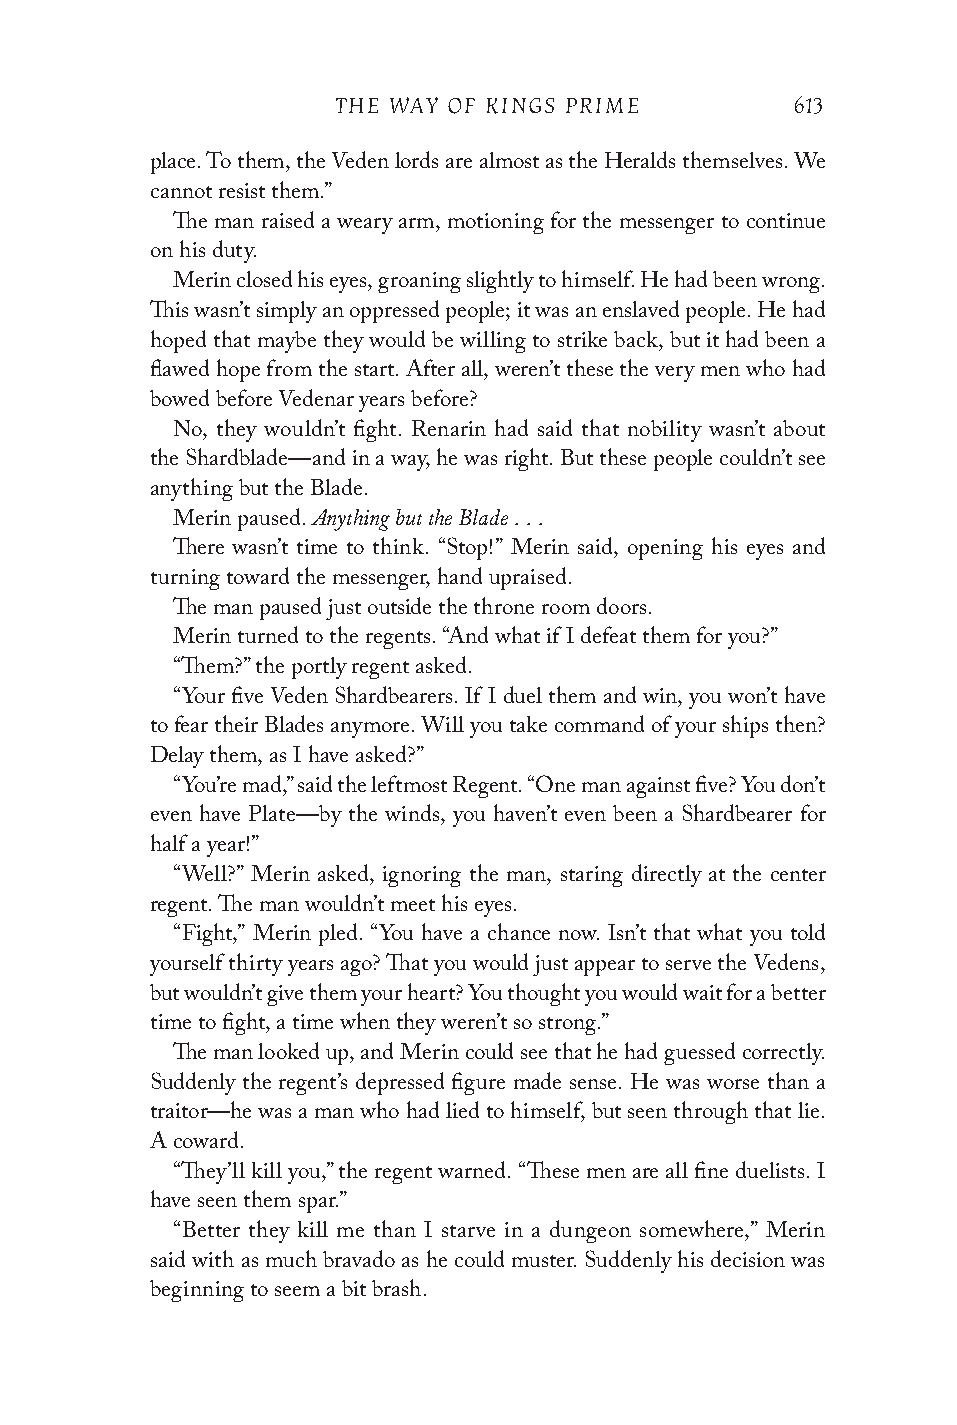
THE WAY OF KINGS PRIME         613
 place. To them, the Veden lords are almost as the Heralds themselves. We
 cannot resist them.”
 The man raised a weary arm, motioning for the messenger to continue
 on his duty.
 Merin closed his eyes, groaning slightly to himself. He had been wrong.
 This wasn’t simply an oppressed people; it was an enslaved people. He had
 hoped that maybe they would be willing to strike back, but it had been a
 flawed hope from the start. After all, weren’t these the very men who had
 bowed before Vedenar years before?
 No, they wouldn’t fight. Renarin had said that nobility wasn’t about
 the Shardblade—and in a way, he was right. But these people couldn’t see
 anything but the Blade.
 Anything but the Blade . . .
 Merin paused.
 There wasn’t time to think. “Stop!” Merin said, opening his eyes and
 turning toward the messenger, hand upraised.
 The man paused just outside the throne room doors.
 Merin turned to the regents. “And what if I defeat them for you?”
 “Them?” the portly regent asked.
 “Your five Veden Shardbearers. If I duel them and win, you won’t have
 to fear their Blades anymore. Will you take command of your ships then?
 Delay them, as I have asked?”
 “You’re mad,” said the leftmost Regent. “One man against five? You don’t
 even have Plate—by the winds, you haven’t even been a Shardbearer for
 half a year!”
 “Well?” Merin asked, ignoring the man, staring directly at the center
 regent. The man wouldn’t meet his eyes.
 “Fight,” Merin pled. “You have a chance now. Isn’t that what you told
 yourself thirty years ago? That you would just appear to serve the Vedens,
 but wouldn’t give them your heart? You thought you would wait for a better
 time to fight, a time when they weren’t so strong.”
 The man looked up, and Merin could see that he had guessed correctly.
 Suddenly the regent’s depressed figure made sense. He was worse than a
 traitor—he was a man who had lied to himself, but seen through that lie.
 A coward.
 “They’ll kill you,” the regent warned. “These men are all fine duelists. I
 have seen them spar.”
 “Better they kill me than I starve in a dungeon somewhere,” Merin
 said with as much bravado as he could muster. Suddenly his decision was
 beginning to seem a bit brash.